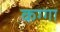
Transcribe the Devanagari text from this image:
कग्गा